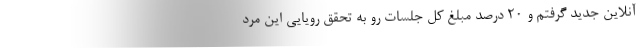
آنلاین جدید گرفتم و ۲۰ درصد مبلغ کل جلسات رو به تحقق رویایی این مرد